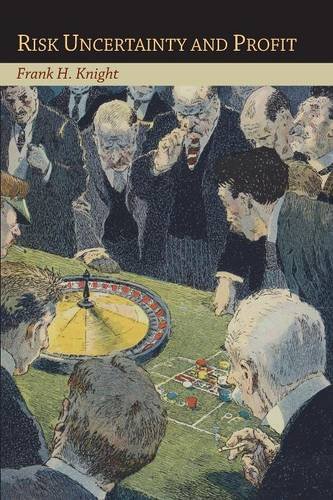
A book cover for Risk Uncertainty and Profit; Frank H. Knight; Business & Money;